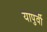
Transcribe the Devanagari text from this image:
यापुर्वी